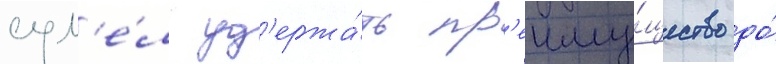
сум'е́л уд'ержа́ть пр'еиму́щество до́